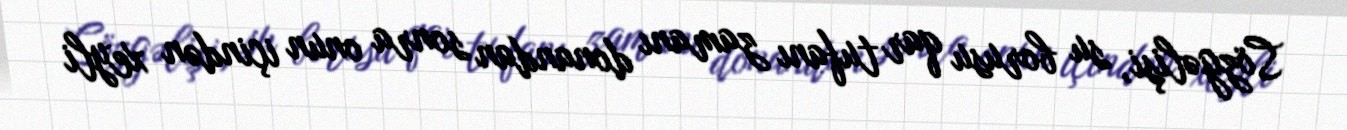
Sözgəlişi, su borusu qar tufanı zamanı donandan sonra onun içindən xeyli